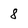
Character: 8